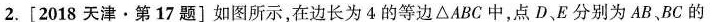
2.[2018天津·第17题]如图所示，在边长为4的等边△ABC中，点D、E分别为AB、BC的